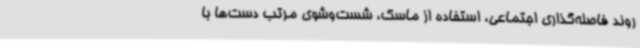
روند فاصله‌گذاری اجتماعی، استفاده از ماسک، شست‌وشوی مرتب دست‌ها با